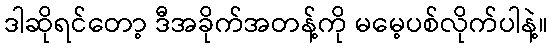
ဒါဆိုရင်တော့ ဒီအခိုက်အတန့်ကို မမေ့ပစ်လိုက်ပါနဲ့။